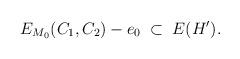
LaTeX: \begin{align*}E_{M_0}(C_1,C_2)-e_0\;\subset\; E(H').\end{align*}